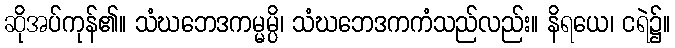
ဆိုအပ်ကုန်၏။ သံဃဘေဒကမ္မမ္ပိ၊ သံဃဘေဒကကံသည်လည်း။ နိရယေ၊ ငရဲ၌။